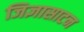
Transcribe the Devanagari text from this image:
जिज्ञासाटन